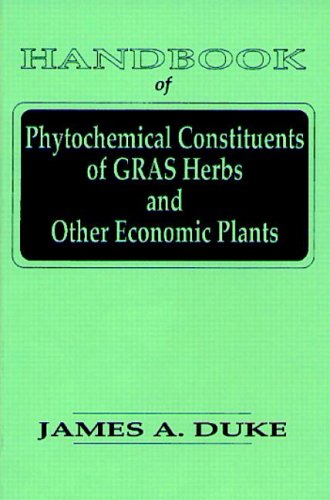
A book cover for Handbook of Phytochemical Constituents of GRAS Herbs and Other Economic Plants; James A. Duke; Health, Fitness & Dieting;